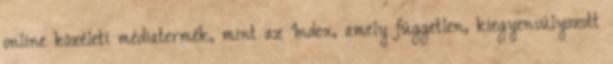
online közéleti médiatermék, mint az Index, amely független, kiegyensúlyozott